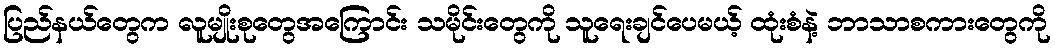
ပြည်နယ်တွေက လူမျိုးစုတွေအကြောင်း သမိုင်းတွေကို သူရေးချင်ပေမယ့် ထုံးစံနဲ့ ဘာသာစကားတွေကို